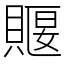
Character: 䞁